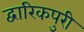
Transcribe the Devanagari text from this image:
द्वारिकपुरी